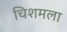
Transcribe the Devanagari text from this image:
चिशमला